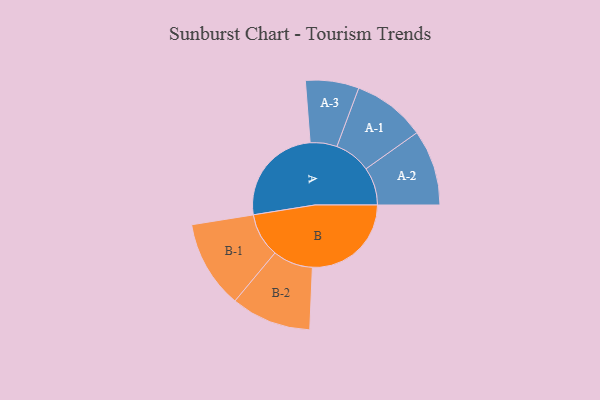
{"axis": {"x": "Segment", "y": "Value"}, "legend": ["", "A", "B"], "data": [{"x": "A", "y": 463, "type": ""}, {"x": "B", "y": 452, "type": ""}, {"x": "A-1", "y": 167, "type": "A"}, {"x": "A-2", "y": 173, "type": "A"}, {"x": "A-3", "y": 122, "type": "A"}, {"x": "B-1", "y": 201, "type": "B"}, {"x": "B-2", "y": 183, "type": "B"}]}